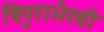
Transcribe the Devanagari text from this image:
त्रिपुराभैरवी